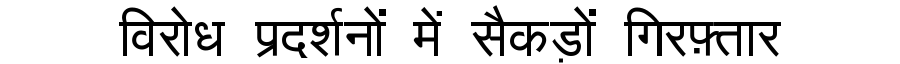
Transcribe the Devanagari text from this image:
विरोध प्रदर्शनों में सैकड़ों गिरफ़्तार